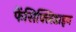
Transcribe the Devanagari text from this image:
फेंसिक्लिडाइन